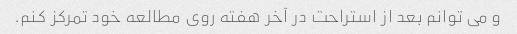
و می توانم بعد از استراحت در آخر هفته روی مطالعه خود تمرکز کنم.